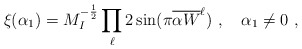
\begin{align*}\xi(\alpha_1) =M^{-{1\over 2}}_I \prod_{\ell} 2\sin(\pi {{\overline {\alpha W}}^\ell}) ~,~~~\alpha_1 \not=0~,\end{align*}